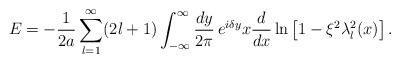
\begin{align*}E= -\frac 1{2a}\sum_{l=1}^\infty (2l+1)\int_{-\infty}^\infty\frac{dy}{2\pi}\, e^{i\delta y} x \frac d{dx} \ln \left[1-\xi^2\lambda_l^2(x)\right].\end{align*}